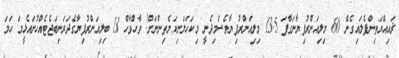
ޜައިއްޔަތިންފެލައިގެން 60 މިލިއަންރުފިޔާނަގާފަ 13.5 މިލިއަންރުފިޔާވެސްމިދެނީ މިކަހަލަނިކަމެތިންނަށް! ވާހްވާހް 13 ބިލިއަންރުފިޔާގެދަރަނިބަޖެޓެއްހުށައެޅީމަ ހަމަ